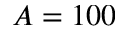
A = 1 0 0